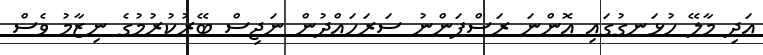
އަދި މާލޭ ހުޅަނގުގައި އޮންނަ ރަސްފަންނު ސަރަހައްދުން ނަޖިސް ބޭރުކުރުމުގެ ނިޒާމު ވެސް